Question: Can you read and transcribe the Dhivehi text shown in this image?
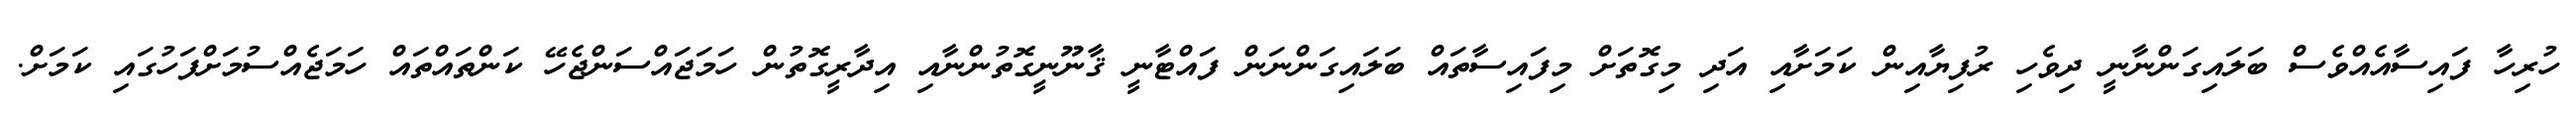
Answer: ހުރިހާ ފައިސާއެއްވެސް ބަލައިގަންނާނީ ދިވެހި ރުފިޔާއިން ކަމަށާއި އަދި މިގޮތަށް މިފައިސާތައް ބަލައިގަންނަން ފައްޓާނީ ޤާނޫނީގޮތުންނާއި އިދާރީގޮތުން ހަމަޖައްސަންޖެހޭ ކަންތައްތައް ހަމަޖެއްސުމަށްފަހުގައި ކަމަށް.